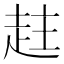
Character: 𧻄